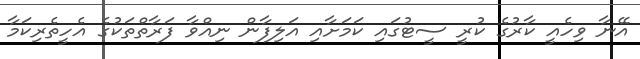
އޭނާ ވިހެއީ ކާރުގެ ކުރީ ސީޓުގައި ކަމަށާއި އަލިފާން ނިއްވާ ފަރާތްތަކުގެ އެހީތެރިކަމާ